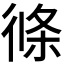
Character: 𭛹